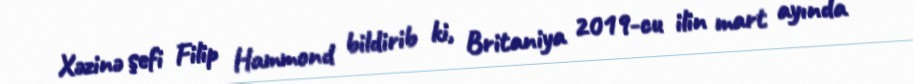
Xəzinə şefi Filip Hammond bildirib ki, Britaniya 2019-cu ilin mart ayında